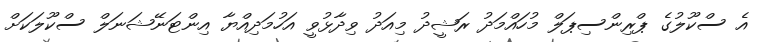
އެ ސްކޫލުގެ ޕްރިންސިޕަލް މުހައްމަދު ރަޝީދު މިއަދު ވިދާޅުވީ އަހުމަދިއްޔާ އިންޓަނޭޝަނަލް ސްކޫލަކަށް